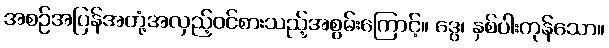
အစဉ်အပြန်အတုံ့အလှည့်ဝင်စားသည့်အစွမ်းကြောင့်။ ဒွေ၊ နှစ်ပါးကုန်သော။